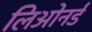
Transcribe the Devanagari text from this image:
लिओनर्ड